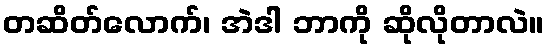
တဆိတ်လောက်၊ အဲဒါ ဘာကို ဆိုလိုတာလဲ။